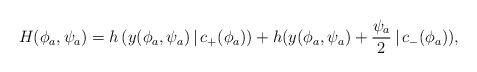
LaTeX: \begin{align*}H(\phi_a,\psi_a)=h\left(y(\phi_a,\psi_a)\,|\,c_+(\phi_a)\right)+h(y(\phi_a,\psi_a)+\frac{\psi_a}{2}\,|\,c_-(\phi_a)),\end{align*}